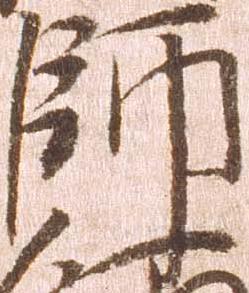
師